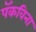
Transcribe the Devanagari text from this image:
पॅकविना